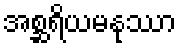
အစ္ဆရိယမနုဿာ